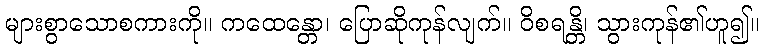
များစွာသောစကားကို။ ကထေန္တော၊ ပြောဆိုကုန်လျက်။ ဝိစရန္တိ၊ သွားကုန်၏ဟူ၍။